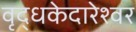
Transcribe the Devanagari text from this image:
वृद्धकेदारेश्वर